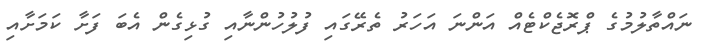
ނައްތާލުމުގެ ޕްރޮޖެކްޓެއް އަންނަ އަހަރު ތެރޭގައި ފުލުހުންނާއި ގުޅިގެން އެބަ ފަށާ ކަމަށާއި